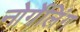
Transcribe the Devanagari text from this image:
नोर्गेलिंग